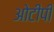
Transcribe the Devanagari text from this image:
ओटीपी